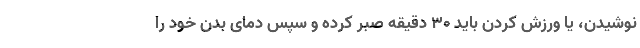
نوشیدن، یا ورزش کردن باید 30 دقیقه صبر کرده و سپس دمای بدن خود را